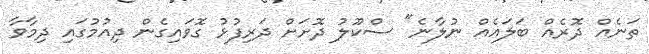
ތަނެއް ދޮރެއް ބަލައެއް ނުލާނެ" ސްކޫލު ދޮށަށް ދަރިފުޅު ގޮވައިގެން ދިއުމުގައި ދިމާވާ